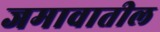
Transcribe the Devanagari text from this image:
जमावातील